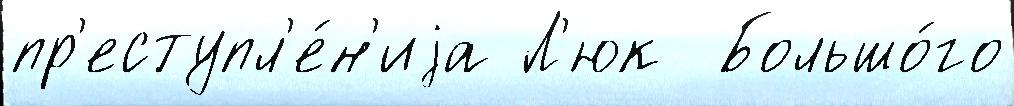
пр'еступл'е́н'иjа Л'юк  Большо́го